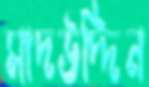
সাদউদ্দিন